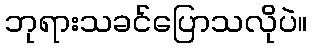
ဘုရားသခင်ပြောသလိုပဲ။